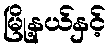
မြို့နယ်နှင့်